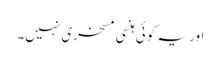
اور یہ کوئی ہنسی مسخری نہیں۔